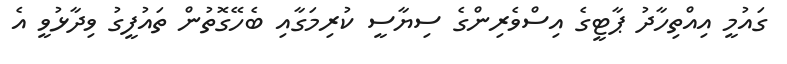
ގައުމީ އިއްތިހާދު ޕާޓީގެ އިސްވެރިންގެ ސިޔާސީ ކުރިމަގާއި ބެހޭގޮތުން ތައުފީގު ވިދާޅުވީ އެ